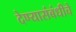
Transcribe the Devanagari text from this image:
देण्यासंबंधीचे